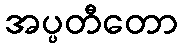
အပ္ပတီတော